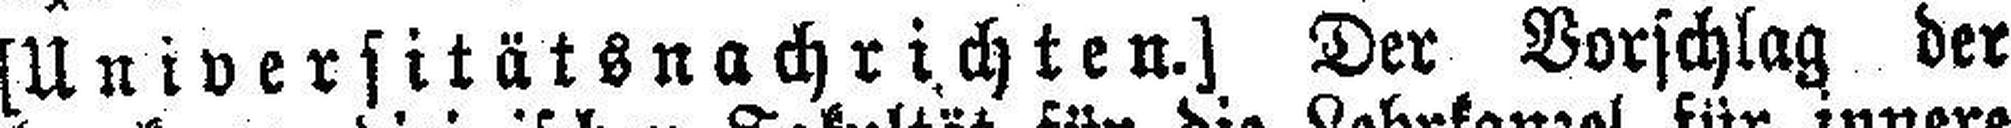
[Universitätsnachrichten.] Der Vorschlag der